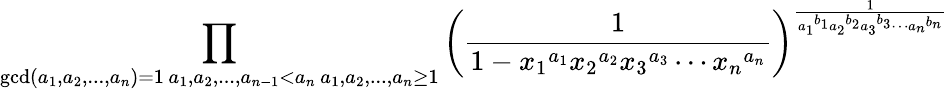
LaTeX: \prod_{\substack{\operatorname*{gcd}(a_{1},a_{2},...,a_{n})=1\, a_{1},a_{2},...,a_{n-1}<a_{n}\, a_{1},a_{2},...,a_{n}\geq 1}}\left(\frac{1}{1-{x_{1}}^{a_{1}}{x_{2}}^{a_{2}}{x_{3}}^{a_{3}}\cdots{x_{n}}^{a_{n}}}\right)^{\frac{1}{{a_{1}}^{b_{1}}{a_{2}}^{b_{2}}{a_{3}}^{b_{3}}\cdots{a_{n}}^{b_{n}}}}